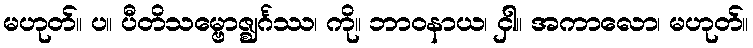
မဟုတ်။ ပ။ ပီတိသမ္ဗောဇ္ဈင်္ဂဿ၊ ကို။ ဘာဝနာယ၊ ငှါ။ အကာလော၊ မဟုတ်။